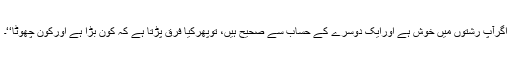
اگرآپ رشتوں میں خوش ہے اورایک دوسرے کے حساب سے صحیح ہیں، توپھرکیا فرق پڑتا ہے کہ کون بڑا ہے اورکون چھوٹا‘‘۔